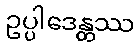
ဥပ္ပါဒေန္တဿ